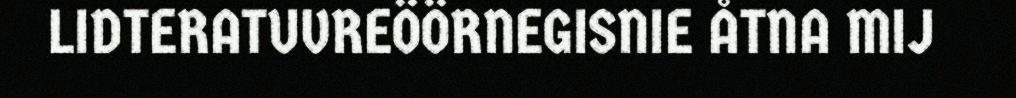
LIDTERATUVREÖÖRNEGISNIE ÅTNA MIJ